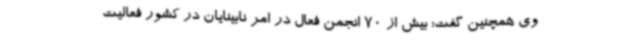
وی همچنین گفت: بیش از 70 انجمن فعال در امر نابینایان در کشور فعالیت